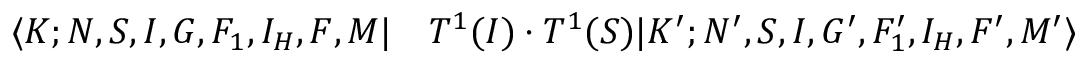
\begin{array} { r l } { \langle K ; N , S , I , G , F _ { 1 } , I _ { H } , F , M | } & { { } T ^ { 1 } ( I ) \cdot T ^ { 1 } ( S ) | K ^ { \prime } ; N ^ { \prime } , S , I , G ^ { \prime } , F _ { 1 } ^ { \prime } , I _ { H } , F ^ { \prime } , M ^ { \prime } \rangle } \end{array}